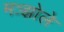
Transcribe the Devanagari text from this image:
मञ्झोले